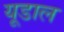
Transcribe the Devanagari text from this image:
यूडाल